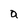
Character: a